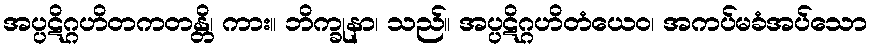
အပ္ပဋိဂ္ဂဟိတကတန္တိ၊ ကား။ ဘိက္ခုနာ၊ သည်။ အပ္ပဋိဂ္ဂဟိတံယေဝ၊ အကပ်မခံအပ်သော